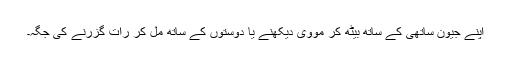
اپنے جیون ساتھی کے ساتھ بیٹھ کر مووی دیکھنے یا دوستوں کے ساتھ مل کر رات گزرنے کی جگہ۔